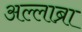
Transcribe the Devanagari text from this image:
अल्लाब्रा